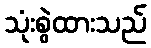
သုံးစွဲထားသည်